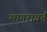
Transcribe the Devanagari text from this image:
सागरावर्त